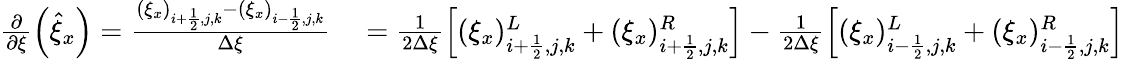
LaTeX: \begin{array}{rl}{\frac{\partial}{\partial\xi}\left(\hat{\xi}_{x}\right)=\frac{(\xi_{x})_{i+\frac{1}{2},j,k}-(\xi_{x})_{i-\frac{1}{2},j,k}}{\Delta\xi}}&{{}=\frac{1}{2\Delta\xi}\left[(\xi_{x})_{i+\frac{1}{2},j,k}^{L}+(\xi_{x})_{i+\frac{1}{2},j,k}^{R}\right]-\frac{1}{2\Delta\xi}\left[(\xi_{x})_{i-\frac{1}{2},j,k}^{L}+(\xi_{x})_{i-\frac{1}{2},j,k}^{R}\right]}\end{array}